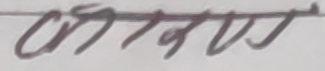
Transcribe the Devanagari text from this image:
आवश्यक